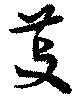
芰